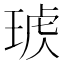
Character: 𤦣